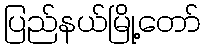
ပြည်နယ်မြို့တော်